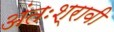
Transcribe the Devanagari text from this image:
अंतःश्रावी